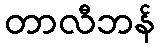
တာလီဘန်